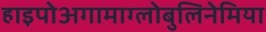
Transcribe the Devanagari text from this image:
हाइपोअगामाग्लोबुलिनेमिया